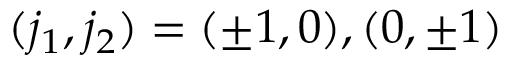
( j _ { 1 } , j _ { 2 } ) = ( \pm 1 , 0 ) , ( 0 , \pm 1 )